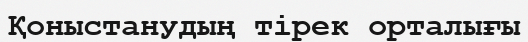
Қоныстанудың тірек орталығы